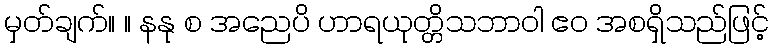
မှတ်ချက်။ ။ နနု စ အညေပိ ဟာရယုတ္တိသဘာဝါ ဧဝ အစရှိသည်ဖြင့်